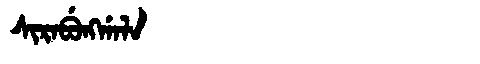
Manchu: ᠰᡳᡵᠠᠪᡠᠩᡤᠠᠯᠠ
Romanization: SIRABUNGGALA